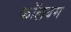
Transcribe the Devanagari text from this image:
कॉलबम